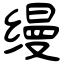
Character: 缦